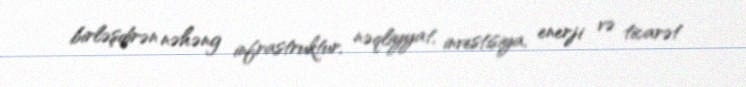
birləşdirən nəhəng infrastruktur, nəqliyyat, investisiya, enerji və ticarət